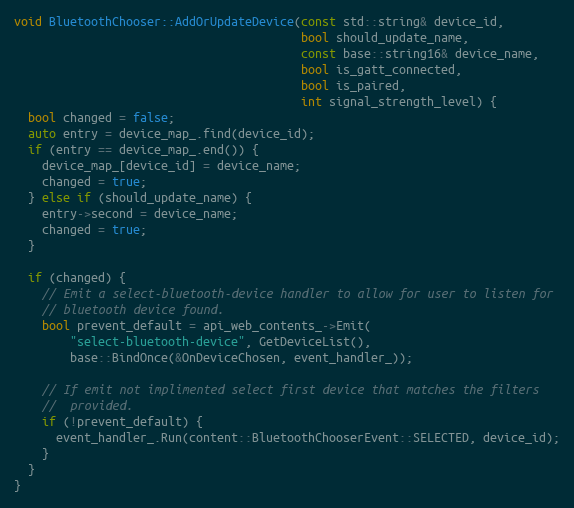
Language: C++
void BluetoothChooser::AddOrUpdateDevice(const std::string& device_id,
                                         bool should_update_name,
                                         const base::string16& device_name,
                                         bool is_gatt_connected,
                                         bool is_paired,
                                         int signal_strength_level) {
  bool changed = false;
  auto entry = device_map_.find(device_id);
  if (entry == device_map_.end()) {
    device_map_[device_id] = device_name;
    changed = true;
  } else if (should_update_name) {
    entry->second = device_name;
    changed = true;
  }

  if (changed) {
    // Emit a select-bluetooth-device handler to allow for user to listen for
    // bluetooth device found.
    bool prevent_default = api_web_contents_->Emit(
        "select-bluetooth-device", GetDeviceList(),
        base::BindOnce(&OnDeviceChosen, event_handler_));

    // If emit not implimented select first device that matches the filters
    //  provided.
    if (!prevent_default) {
      event_handler_.Run(content::BluetoothChooserEvent::SELECTED, device_id);
    }
  }
}